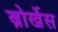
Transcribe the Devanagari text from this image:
ब्रोर्खेस